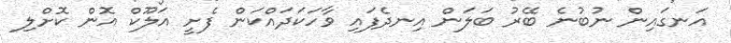
އަނގައިން ނުބުނެ ބޭރު ބަލަން އިނދެފައި ވާހަކަދައްކަން ފެށީ އަލޫކް އޮން ކޮށްލި